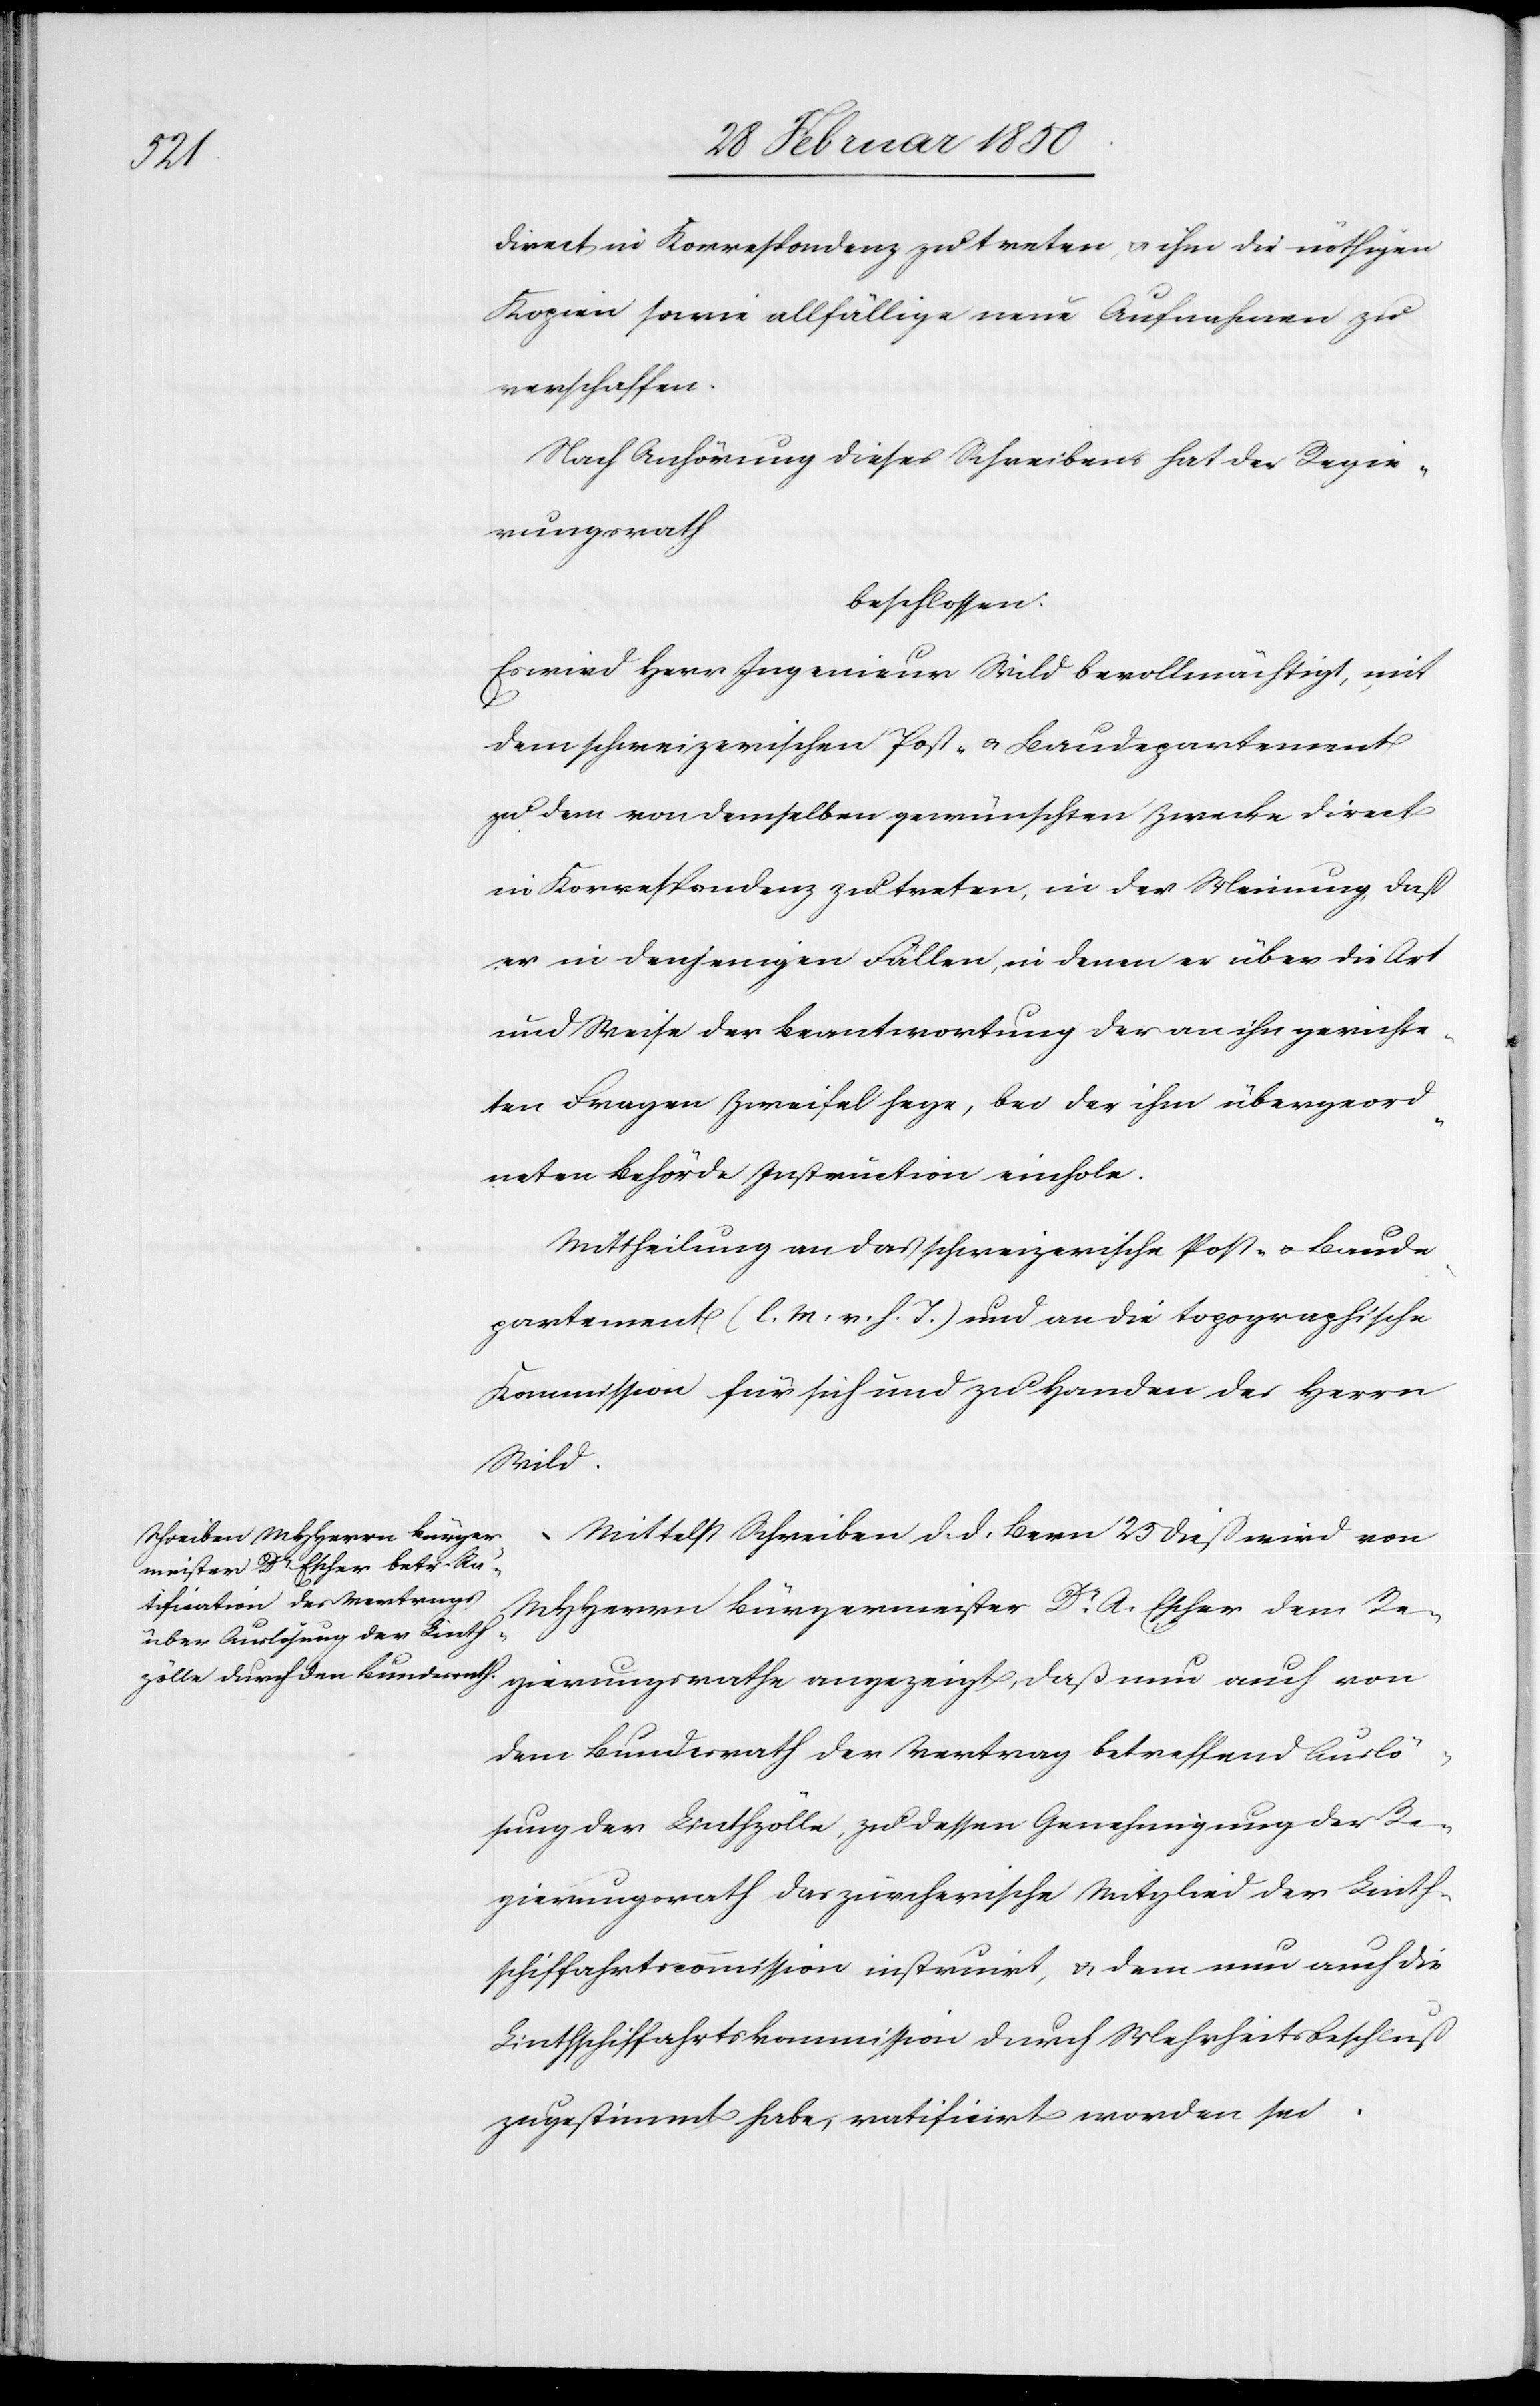
daß

direct in Korrespondenz zu treten, u. ihm die nöthigen
Kopien sowie allfällige neue Aufnahmen zu
verschaffen.
Nach Anhörung dieses Schreibens hat der Regie¬
rungsrathe
beschlossen:
Es wird Herr Ingenieur Wild bevollmächtigt, mit
dem schweizerischen Post- u. Baudepartement
zu dem von demselben gewünschten Zwecke direct
in Korrespondenz zu treten, in der Meinung, daß
er in denjenigen Fällen, in denen er über die Art
und Weise der Beantwortung der an ihn gerichte¬
ten Fragen Zweifel hege, bei der ihm übergeord¬
neten Behörde Instruction einhole.
Mittheilung an das schweizerische Post- u. Baude¬
partement (l. M. v. h. T.) und an die topographische
Kommission für sich und zu Handen des Herrn
Wild.
Mittelst Schreiben d. d. Bern 25 dieß wird von
MHHerrn Bürgermeister Dr. A. Escher dem Re¬
dem Bundesrath der Vertrag betreffend Auslö¬
sung der Linthzölle, zu dessen Genehmigung der Re¬
gierungsrath das zürcherische Mitglied der Linth¬
schiffahrtscommission instruirt, u. dem nun auch die
Linthschiffahrtskommission durch Mehrheitsbeschluß
zugestimmt habe, ratificirt worden sei.